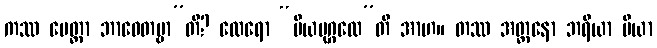
ကဿ မေတ္တာ ဘာဝေတဗ္ဗာ”တိ? ထေရော “ပိယပုဂ္ဂလေ”တိ အာဟ။ တဿ အတ္တနော ဘရိယာ ပိယာ